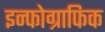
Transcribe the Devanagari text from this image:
इन्फोग्राफिक